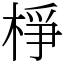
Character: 棦